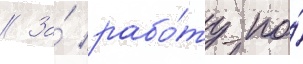
// За́ рабо́ту по́